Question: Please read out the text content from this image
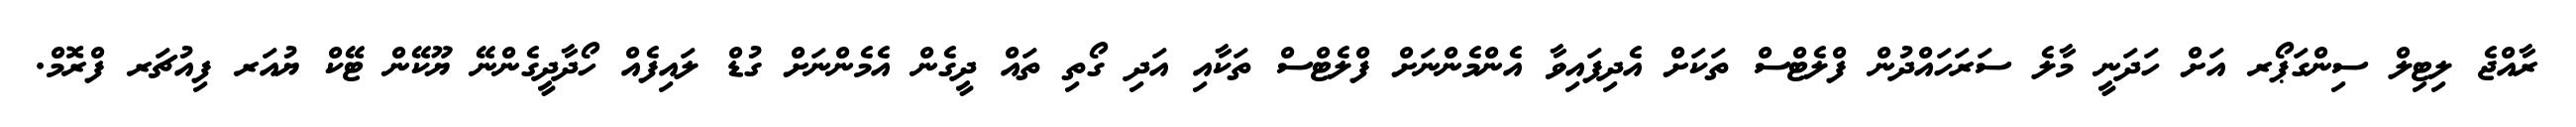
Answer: ރާއްޖެ ލިޓިލް ސިންގަޕޯރ އަށް ހަދަނީ މާލެ ސަރަހައްދުން ފްލެޓްސް ތަކަށް އެދިފައިވާ އެންމެންނަށް ފްލެޓްސް ތަކާއި އަދި ގޯތި ތައް ދީގެން އެމެންނަށް ގުޑް ލައިފެއް ހޯދާދީގެންނޭ ޔޫކޭން ޓޭކް ޔުއަރ ފިއުޗަރ ފްރޮމް.